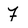
Character: F